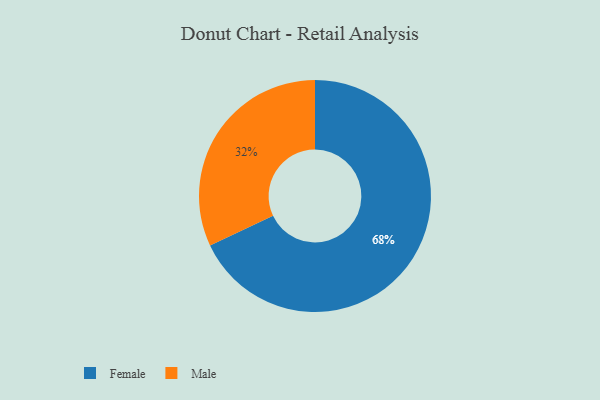
{"axis": {"x": "Category", "y": "Percentage"}, "legend": ["Female", "Male"], "data": [{"x": "Female", "y": 68, "type": "Female"}, {"x": "Male", "y": 32, "type": "Male"}]}